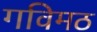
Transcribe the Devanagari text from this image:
गविमठ